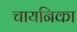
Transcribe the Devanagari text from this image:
चायनिका